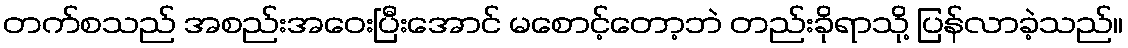
တက်စသည် အစည်းအဝေးပြီးအောင် မစောင့်တော့ဘဲ တည်းခိုရာသို့ ပြန်လာခဲ့သည်။